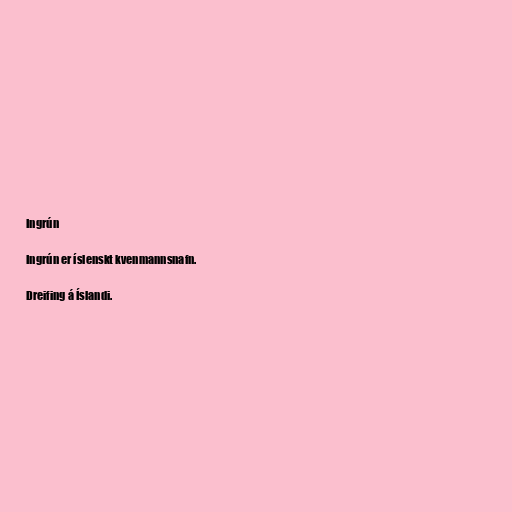
Ingrún

Ingrún er íslenskt kvenmannsnafn.

Dreifing á Íslandi.